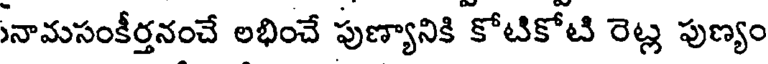
సనామసంకీర్తనంచే లభించే పుణ్యానికి కోటికోటి రెట్ల పుణ్యం